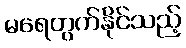
မရေတွက်နိုင်သည့်